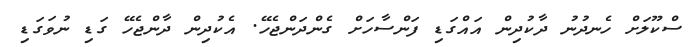
ސްކޫލަށް ހެނދުނު ދާކުދިން އައްގަޑި ފަންސާހަށް ގެންދަންޖެހޭ. އެކުދިން ދާންޖެހޭ ގަޑި ނުވަގަޑި